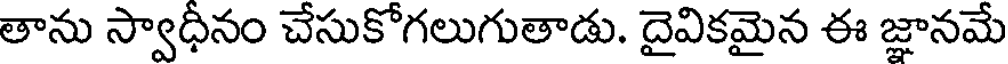
తాను స్వాధీనం చేసుకోగలుగుతాడు. దైవికమైన ఈ జ్ఞానమే